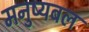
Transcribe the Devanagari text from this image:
मनुष्यबल